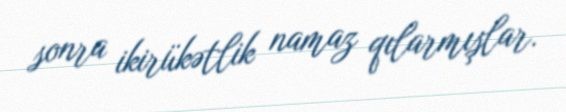
sonra ikirükətlik namaz qılarmışlar.